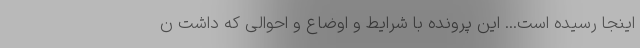
اینجا رسیده است... این پرونده با شرایط و اوضاع و احوالی که داشت ن